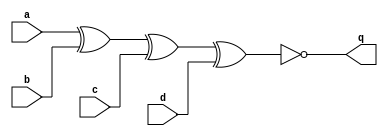
//https://hdlbits.01xz.net/wiki/Sim/circuit2
// debug code: 
// multiple inputs (even) 
// XOR: output will be 1 when there are odd number of inputs are 1.
// XNOR: output will be 1 when there are even number of inputs are 1.
// multiple inputs (odd)
// XOR: output will be 1 when there are even number of inputs are 1.
// XNOR: output will be 1 when there are odd number of inputs are 1.
module top_module (
    input a,
    input b,
    input c,
    input d,
    output q );//

    assign q = ~(a^b^c^d); // Fix me

endmodule